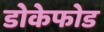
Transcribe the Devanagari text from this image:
डोकेफोड